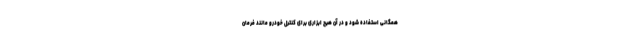
همگانی استفاده شود و در آن هیچ ابزاری برای کنترل خودرو مانند فرمان